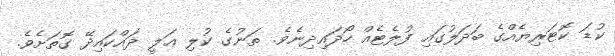
ކުޑަ ކޮޓަރިޔެއްގެ ބަދަލުގައި ފުލެޓެއް ހޯދައިދިނެވެ. ތަނުގެ ކުލި ޢަލީ ދައްކައިދޭ ގޮތަށެވެ.